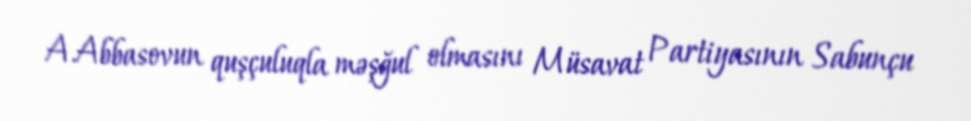
A.Abbasovun quşçuluqla məşğul olmasını Müsavat Partiyasının Sabunçu